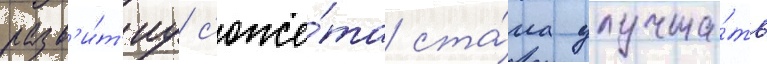
разв'и́т'иу с'юже́та ста́ла улучша́ть